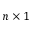
n \times 1